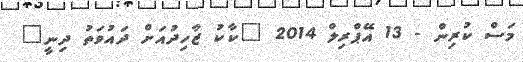
މަސް ކުރިން - 13 އޭޕްރިލް 2014 "ކާކު ޒާހިދުއަށް ދައުވަތު ދިނީ"